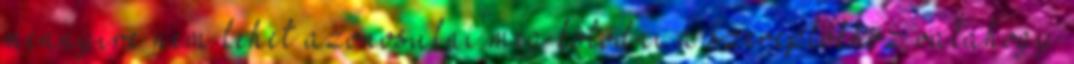
mennyire nem lehet azonosulni meg kötődni a szereplőkhöz valahogy